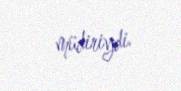
müdiriydi.